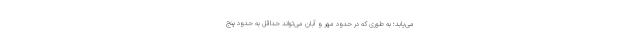
می‌یابد؛ به طوری که در حدود مهر و آبان می‌تواند حداقل به حدود پنج